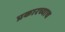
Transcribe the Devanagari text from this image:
प्रकारच्याच